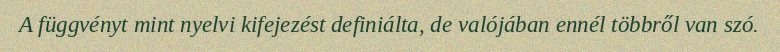
A függvényt mint nyelvi kifejezést definiálta, de valójában ennél többről van szó.